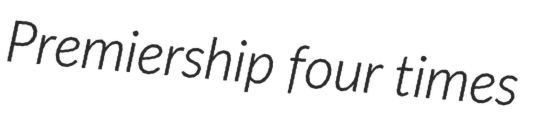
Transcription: Premiership four times